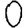
Digit: 0